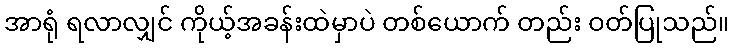
အာရုံ ရလာလျှင် ကိုယ့်အခန်းထဲမှာပဲ တစ်ယောက် တည်း ဝတ်ပြုသည်။